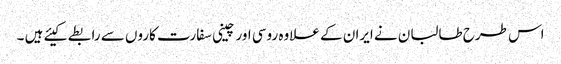
اس طرح طالبان نے ایران کے علاوہ روسی اور چینی سفارت کاروں سے رابطے کیئے ہیں ۔